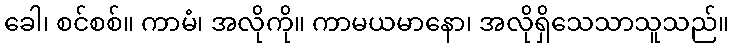
ခေါ၊ စင်စစ်။ ကာမံ၊ အလိုကို။ ကာမယမာနော၊ အလိုရှိသေသာသူသည်။